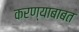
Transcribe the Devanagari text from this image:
करण्‍याबाबत